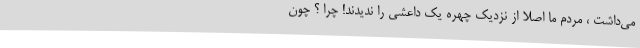
می‌داشت ، مردم ما اصلاً از نزدیک چهره یک داعشی را ندیدند! چرا ؟ چون